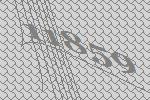
11859